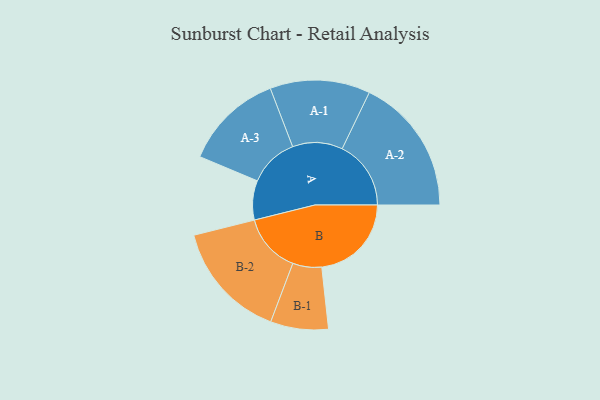
{"axis": {"x": "Segment", "y": "Value"}, "legend": ["", "A", "B"], "data": [{"x": "A", "y": 147, "type": ""}, {"x": "B", "y": 335, "type": ""}, {"x": "A-1", "y": 187, "type": "A"}, {"x": "A-2", "y": 257, "type": "A"}, {"x": "A-3", "y": 185, "type": "A"}, {"x": "B-1", "y": 108, "type": "B"}, {"x": "B-2", "y": 221, "type": "B"}]}